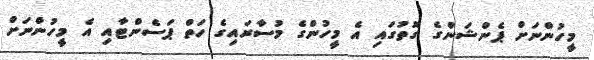
މީހުންނަށް ޕެންޝަންގެ ގޮތުގައި އެ މީހުންގެ މުސާރައިގެ ހަތް ޕަސެންޓާއި އެ މީހުންނަށް